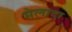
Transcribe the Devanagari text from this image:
मेलादा